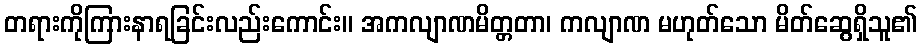
တရားကိုကြားနာရခြင်းလည်းကောင်း။ အကလျာဏမိတ္တတာ၊ ကလျာဏ မဟုတ်သော မိတ်ဆွေရှိသူ၏